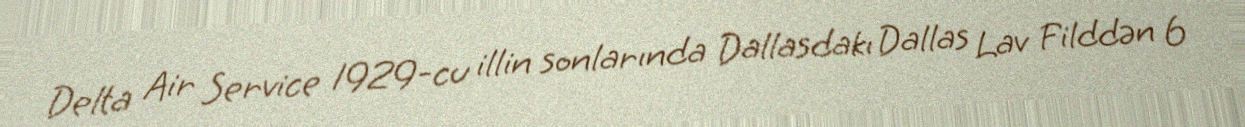
Delta Air Service 1929-cu illin sonlarında Dallasdakı Dallas Lav Filddən 6